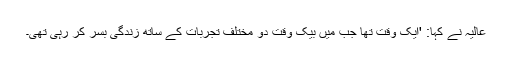
عالیہ نے کہا: 'ایک وقت تھا جب میں بیک وقت دو مختلف تجربات کے ساتھ زندگی بسر کر رہی تھی۔